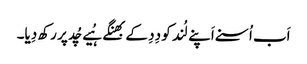
اَب اُسنے اَپنے لُند کو دِدِ کے بھِنگے ہُیے چُد پر رکھ دِیا۔